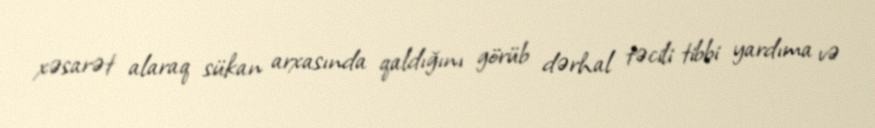
xəsarət alaraq sükan arxasında qaldığını görüb dərhal təcili tibbi yardıma və